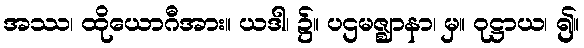
အဿ၊ ထိုယောဂီအား။ ယဒါ၊ ၌။ ပဌမဇ္ဈာနာ၊ မှ။ ဝုဋ္ဌာယ၊ ၍။